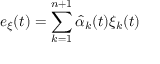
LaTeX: e _ { \xi } ( t ) = \sum _ { k = 1 } ^ { n + 1 } { \hat { \alpha } } _ { k } ( t ) \xi _ { k } ( t )